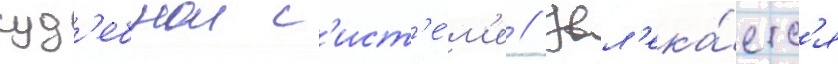
суд'ебнои с'ист'е́м'е // Увл'ека́етс'я